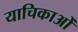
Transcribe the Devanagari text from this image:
याचिकाओँ